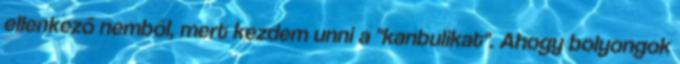
ellenkező nemből, mert kezdem unni a "kanbulikat". Ahogy bolyongok